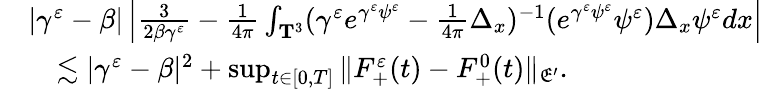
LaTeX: \begin{array}{rl}&{|\gamma^{\varepsilon}-\beta|\left|\frac{3}{2\beta\gamma^{\varepsilon}}-\frac{1}{4\pi}\int_{\mathbf T^{3}}(\gamma^{\varepsilon}e^{\gamma^{\varepsilon}\psi^{\varepsilon}}-\frac{1}{4\pi}\Delta_{x})^{-1}(e^{\gamma^{\varepsilon}\psi^{\varepsilon}}\psi^{\varepsilon})\Delta_{x}\psi^{\varepsilon}dx\right|}\\ &{\quad\lesssim|\gamma^{\varepsilon}-\beta|^{2}+\operatorname*{sup}_{t\in[0,T]}\| F_{+}^{\varepsilon}(t)-F_{+}^{0}(t)\| _{\mathfrak E^{\prime}}.}\end{array}